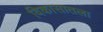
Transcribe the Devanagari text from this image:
विकासातला